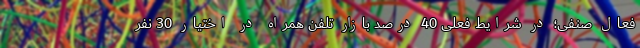
فعال صنفی؛ در شرایط فعلی 40 درصد بازار تلفن همراه در اختیار 30 نفر